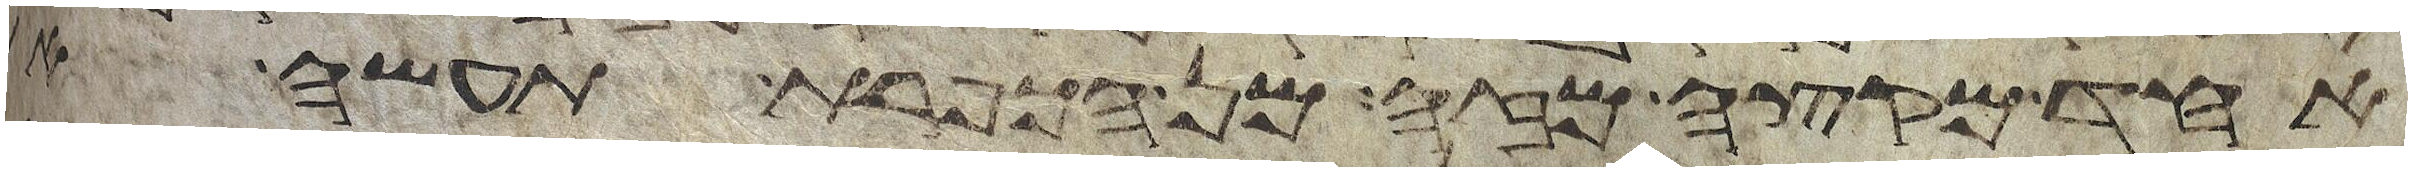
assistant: אחד מקצה מזה מן הכפרת תעשה